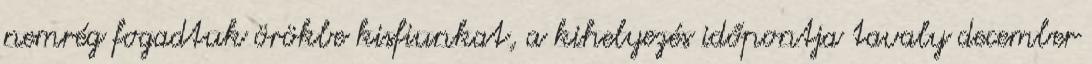
nemrég fogadtuk örökbe kisfiunkat, a kihelyezés időpontja tavaly december